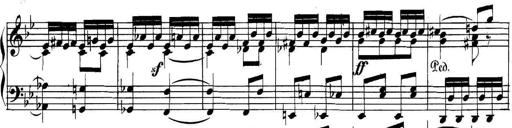
Title: Collected Piano Sonatas
Composer: Muzio Clementi